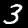
Digit: 3